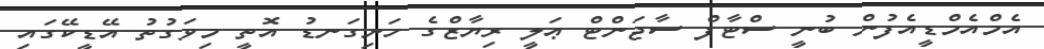
އެމްއެމްޑީއެފުން ބުނީ ސްޓާފް ސާޖަންޓް ޢަލީ ރިޔާޒްގެ ހަށިގަނޑު އޮތީ މިވަގުތު އޭޑީކޭގައި